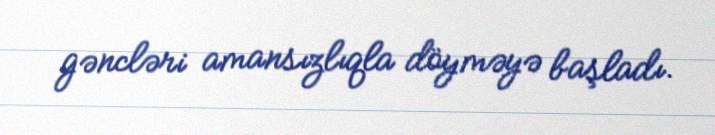
gəncləri amansızlıqla döyməyə başladı.